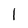
Character: l